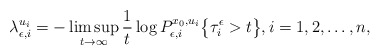
\begin{align*} \lambda_{\epsilon, i}^{u_i} = -\limsup_{t \rightarrow \infty} \frac{1}{t} \log P_{\epsilon,i}^{x_0,u_i}\bigl\{\tau_i^{\epsilon} > t \bigr\}, i=1,2, \ldots, n, \end{align*}